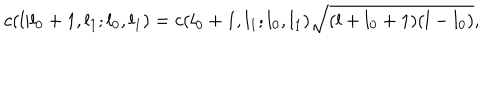
c ( l | l _ { 0 } + 1 , l _ { 1 } ; l _ { 0 } , l _ { 1 } ) = c ( l _ { 0 } + 1 , l _ { 1 } ; l _ { 0 } , l _ { 1 } ) \sqrt { ( l + l _ { 0 } + 1 ) ( l - l _ { 0 } ) } ,